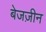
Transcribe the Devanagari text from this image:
बेजज़ीन